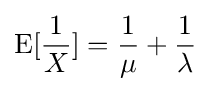
\operatorname {E} [{\frac {1}{X}}]={\frac {1}{\mu }}+{\frac {1}{\lambda }}